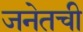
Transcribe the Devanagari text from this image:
जनेतची